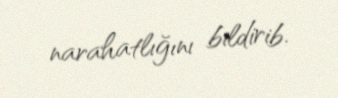
narahatlığını bildirib.